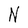
Character: N